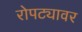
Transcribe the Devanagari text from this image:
रोपट्यावर